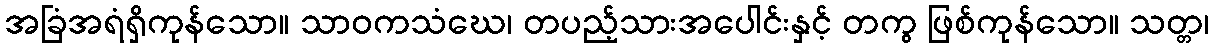
အခြံအရံရှိကုန်သော။ သာဝကသံဃေ၊ တပည့်သားအပေါင်းနှင့် တကွ ဖြစ်ကုန်သော။ သတ္တ၊